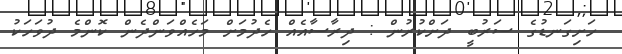
ހަށިގަނޑުގެ ސަރުބީ ދަށްކުރުން : ދިރާސާއެއް ހެދުމަށް މަހެއްވަންދެން ކޮންމެ ދުވަހަކު